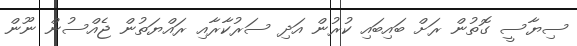
ސިޔާސީ ގޮތުން ރަށް ބައިބައި ކުރުން އަދި ސަރުކާރާއި ރައްޔަތުން ޖެއްސުން ނޫން